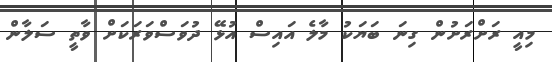
މިއީ ރަށްރަށުން ގިނަ ބަޔަކު މާލެ އައިސް އުޅޭ ދުވަސްވަރަކަށް ވާތީ ސަލާން